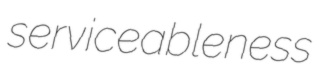
serviceableness